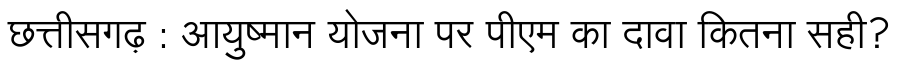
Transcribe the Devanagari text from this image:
छत्तीसगढ़ : आयुष्मान योजना पर पीएम का दावा कितना सही?